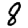
Digit: 8